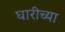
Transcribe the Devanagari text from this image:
घारीच्या